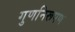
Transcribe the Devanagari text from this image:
गुणनिरूपण